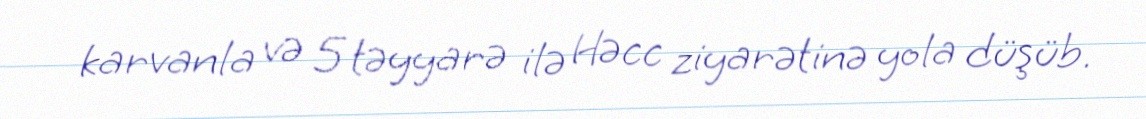
karvanla və 5 təyyarə ilə Həcc ziyarətinə yola düşüb.